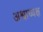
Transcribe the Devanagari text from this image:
अश्वाध्यक्ष